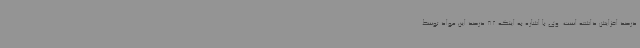
درصد افزایش داشته است. وی با اشاره به اینکه 82 درصد این مواد توسط